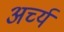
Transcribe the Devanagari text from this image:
अर्च्य